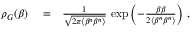
\begin{array} { r l r } { \rho _ { G } ( \beta ) } & { { } = } & { \frac { 1 } { \sqrt { 2 \pi \langle \beta ^ { n } \beta ^ { n } \rangle } } \, \exp \left( - \frac { \beta \beta } { 2 \langle \beta ^ { n } \beta ^ { n } \rangle } \right) \, , } \end{array}